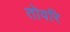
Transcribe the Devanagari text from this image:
तोवरि